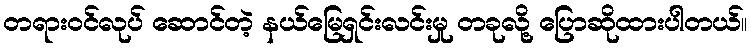
တရားဝင်လုပ် ဆောင်တဲ့ နယ်မြေရှင်းလင်းမှု တခုလို့ ပြောဆိုထားပါတယ်။